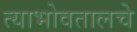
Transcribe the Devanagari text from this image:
त्याभोवतालचे